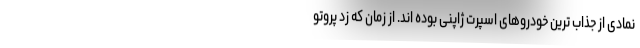
نمادی از جذاب ترین خودروهای اسپرت ژاپنی بوده اند. از زمان که زد پروتو